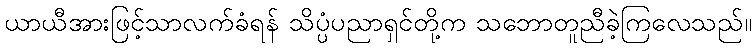
ယာယီအားဖြင့်သာလက်ခံရန် သိပ္ပံပညာရှင်တို့က သဘောတူညီခဲ့ကြလေသည်။